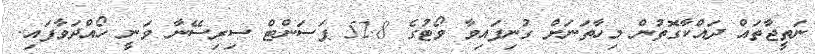
ނަތީޖާތައް ދައްކާގޮތުން މިހާތަނަށް ގުނިފައިވާ ވޯޓުގެ 52.8 ޕަސަންޓް ސިރިސޭނާ ވަނީ ހޯއްދަވާފައި.